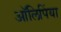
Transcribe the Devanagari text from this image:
आॅलिपिंया